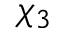
\chi _ { 3 }